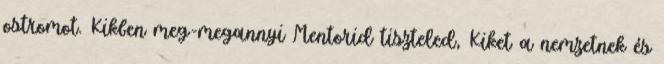
ostromot. Kikben meg-megannyi Mentorid tiszteled, Kiket a nemzetnek és